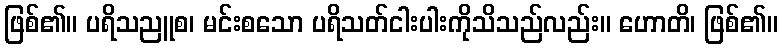
ဖြစ်၏။ ပရိသညူစ၊ မင်းစသော ပရိသတ်ငါးပါးကိုသိသည်လည်း။ ဟောတိ၊ ဖြစ်၏။